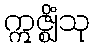
ဣဇ္ဈိံသု